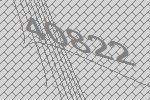
40822